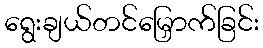
ရွေးချယ်တင်မြှောက်ခြင်း